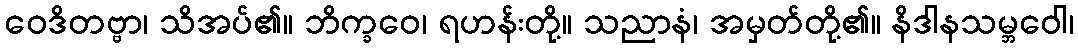
ဝေဒိတဗ္ဗာ၊ သိအပ်၏။ ဘိက္ခဝေ၊ ရဟန်းတို့။ သညာနံ၊ အမှတ်တို့၏။ နိဒါနသမ္ဘဝေါ၊